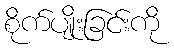
စိုက်ပျိုးခြင်းကို